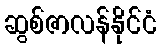
ဆွစ်ဇာလန်နိုင်ငံ